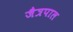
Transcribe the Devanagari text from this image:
जैत्रपाल